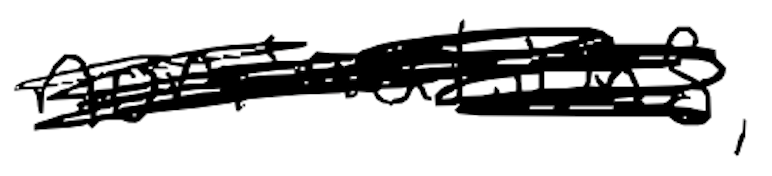
Text: nominations,
Cross-out: scratch
Writing tool: digital_black